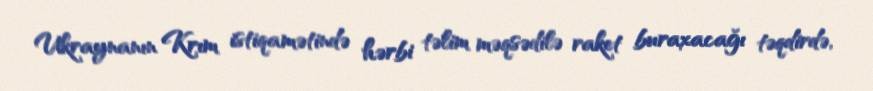
Ukraynanın Krım istiqamətində hərbi təlim məqsədilə raket buraxacağı təqdirdə,